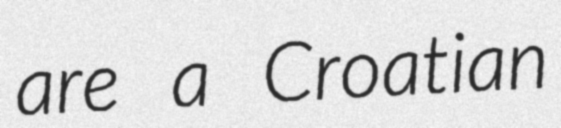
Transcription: are a Croatian